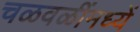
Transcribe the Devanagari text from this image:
चळवळींमध्यें